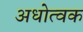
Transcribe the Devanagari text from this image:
अधोत्वक